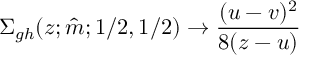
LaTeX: \Sigma _ { g h } ( z ; \hat { m } ; 1 / 2 , 1 / 2 ) \to \frac { ( u - v ) ^ { 2 } } { 8 ( z - u ) }